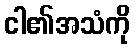
ငါ၏အသံကို